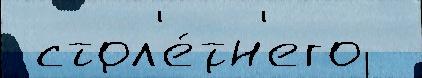
 стол'е́тн'его